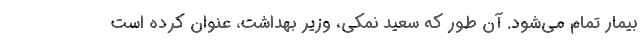
بیمار تمام می‌شود. آن‌ طور که سعید نمکی، وزیر بهداشت، عنوان کرده است